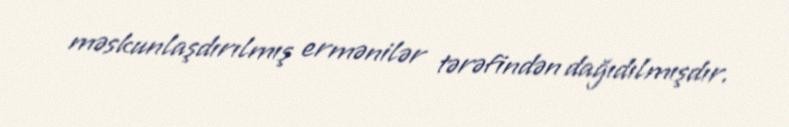
məskunlaşdırılmış ermənilər tərəfindən dağıdılmışdır.